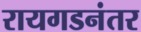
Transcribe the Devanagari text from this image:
रायगडनंतर